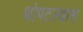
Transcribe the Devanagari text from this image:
थोपटल्यास